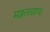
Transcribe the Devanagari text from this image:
मङ्गलछायः